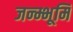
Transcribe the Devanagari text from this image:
जन्म्भूमि